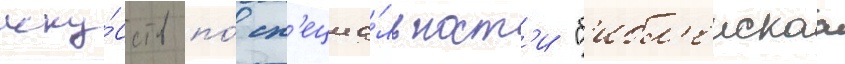
иску́сств по́ сп'ециа́льност'и "б'ибл'еискаа